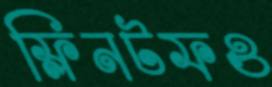
ফ্লিনটফও